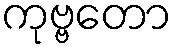
ကုဗ္ဗတော